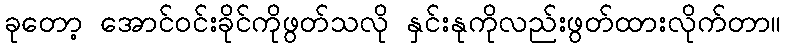
ခုတော့ အောင်ဝင်းခိုင်ကိုဖွတ်သလို နှင်းနုကိုလည်းဖွတ်ထားလိုက်တာ။